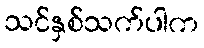
သင်နှစ်သက်ပါက